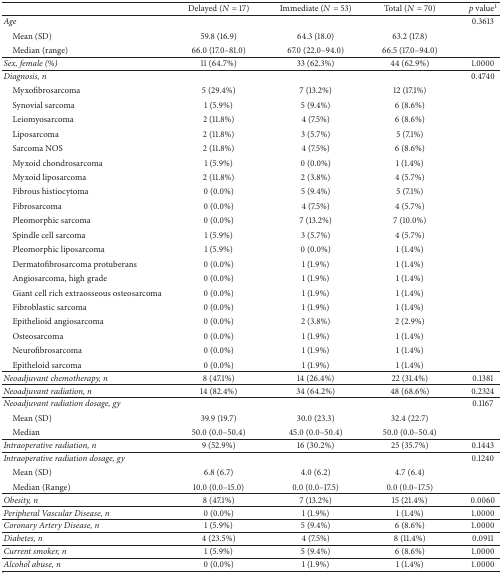
<table><thead><tr><td>[EMPTY_CELL]</td><td><b>Delayed (<i>N</i> = 17)</b></td><td><b>Immediate (<i>N</i> = 53)</b></td><td><b>Total (<i>N</i> = 70)</b></td><td><b><i>p</i> value<sup>1</sup></b></td></tr></thead><tbody><tr><td><i>Age</i></td><td>[EMPTY_CELL]</td><td>[EMPTY_CELL]</td><td>[EMPTY_CELL]</td><td>0.3613</td></tr><tr><td> Mean (SD)</td><td>59.8 (16.9)</td><td>64.3 (18.0)</td><td>63.2 (17.8)</td><td>[EMPTY_CELL]</td></tr><tr><td> Median (range)</td><td>66.0 (17.0–81.0)</td><td>67.0 (22.0–94.0)</td><td>66.5 (17.0–94.0)</td><td>[EMPTY_CELL]</td></tr><tr><td><i>Sex, female (%)</i></td><td>11 (64.7%)</td><td>33 (62.3%)</td><td>44 (62.9%)</td><td>1.0000</td></tr><tr><td><i>Diagnosis, n</i></td><td>[EMPTY_CELL]</td><td>[EMPTY_CELL]</td><td>[EMPTY_CELL]</td><td>0.4740</td></tr><tr><td> Myxofibrosarcoma</td><td>5 (29.4%)</td><td>7 (13.2%)</td><td>12 (17.1%)</td><td>[EMPTY_CELL]</td></tr><tr><td> Synovial sarcoma</td><td>1 (5.9%)</td><td>5 (9.4%)</td><td>6 (8.6%)</td><td>[EMPTY_CELL]</td></tr><tr><td> Leiomyosarcoma</td><td>2 (11.8%)</td><td>4 (7.5%)</td><td>6 (8.6%)</td><td>[EMPTY_CELL]</td></tr><tr><td> Liposarcoma</td><td>2 (11.8%)</td><td>3 (5.7%)</td><td>5 (7.1%)</td><td>[EMPTY_CELL]</td></tr><tr><td> Sarcoma NOS</td><td>2 (11.8%)</td><td>4 (7.5%)</td><td>6 (8.6%)</td><td>[EMPTY_CELL]</td></tr><tr><td> Myxoid chondrosarcoma</td><td>1 (5.9%)</td><td>0 (0.0%)</td><td>1 (1.4%)</td><td>[EMPTY_CELL]</td></tr><tr><td> Myxoid liposarcoma</td><td>2 (11.8%)</td><td>2 (3.8%)</td><td>4 (5.7%)</td><td>[EMPTY_CELL]</td></tr><tr><td> Fibrous histiocytoma</td><td>0 (0.0%)</td><td>5 (9.4%)</td><td>5 (7.1%)</td><td>[EMPTY_CELL]</td></tr><tr><td> Fibrosarcoma</td><td>0 (0.0%)</td><td>4 (7.5%)</td><td>4 (5.7%)</td><td>[EMPTY_CELL]</td></tr><tr><td> Pleomorphic sarcoma</td><td>0 (0.0%)</td><td>7 (13.2%)</td><td>7 (10.0%)</td><td>[EMPTY_CELL]</td></tr><tr><td> Spindle cell sarcoma</td><td>1 (5.9%)</td><td>3 (5.7%)</td><td>4 (5.7%)</td><td>[EMPTY_CELL]</td></tr><tr><td> Pleomorphic liposarcoma</td><td>1 (5.9%)</td><td>0 (0.0%)</td><td>1 (1.4%)</td><td>[EMPTY_CELL]</td></tr><tr><td> Dermatofibrosarcoma protuberans</td><td>0 (0.0%)</td><td>1 (1.9%)</td><td>1 (1.4%)</td><td>[EMPTY_CELL]</td></tr><tr><td> Angiosarcoma, high grade</td><td>0 (0.0%)</td><td>1 (1.9%)</td><td>1 (1.4%)</td><td>[EMPTY_CELL]</td></tr><tr><td> Giant cell rich extraosseous osteosarcoma</td><td>0 (0.0%)</td><td>1 (1.9%)</td><td>1 (1.4%)</td><td>[EMPTY_CELL]</td></tr><tr><td> Fibroblastic sarcoma</td><td>0 (0.0%)</td><td>1 (1.9%)</td><td>1 (1.4%)</td><td>[EMPTY_CELL]</td></tr><tr><td> Epithelioid angiosarcoma</td><td>0 (0.0%)</td><td>2 (3.8%)</td><td>2 (2.9%)</td><td>[EMPTY_CELL]</td></tr><tr><td> Osteosarcoma</td><td>0 (0.0%)</td><td>1 (1.9%)</td><td>1 (1.4%)</td><td>[EMPTY_CELL]</td></tr><tr><td> Neurofibrosarcoma</td><td>0 (0.0%)</td><td>1 (1.9%)</td><td>1 (1.4%)</td><td>[EMPTY_CELL]</td></tr><tr><td> Epitheloid sarcoma</td><td>0 (0.0%)</td><td>1 (1.9%)</td><td>1 (1.4%)</td><td>[EMPTY_CELL]</td></tr><tr><td><i>Neoadjuvant chemotherapy, n </i></td><td>8 (47.1%)</td><td>14 (26.4%)</td><td>22 (31.4%)</td><td>0.1381</td></tr><tr><td><i>Neoadjuvant radiation, n</i></td><td>14 (82.4%)</td><td>34 (64.2%)</td><td>48 (68.6%)</td><td>0.2324</td></tr><tr><td><i>Neoadjuvant radiation dosage, gy </i></td><td>[EMPTY_CELL]</td><td>[EMPTY_CELL]</td><td>[EMPTY_CELL]</td><td>0.1167</td></tr><tr><td> Mean (SD)</td><td>39.9 (19.7)</td><td>30.0 (23.3)</td><td>32.4 (22.7)</td><td>[EMPTY_CELL]</td></tr><tr><td> Median</td><td>50.0 (0.0–50.4)</td><td>45.0 (0.0–50.4)</td><td>50.0 (0.0–50.4)</td><td>[EMPTY_CELL]</td></tr><tr><td><i>Intraoperative radiation, n </i></td><td>9 (52.9%)</td><td>16 (30.2%)</td><td>25 (35.7%)</td><td>0.1443</td></tr><tr><td><i>Intraoperative radiation dosage, gy </i></td><td>[EMPTY_CELL]</td><td>[EMPTY_CELL]</td><td>[EMPTY_CELL]</td><td>0.1240</td></tr><tr><td> Mean (SD)</td><td>6.8 (6.7)</td><td>4.0 (6.2)</td><td>4.7 (6.4)</td><td>[EMPTY_CELL]</td></tr><tr><td> Median (Range)</td><td>10.0 (0.0–15.0)</td><td>0.0 (0.0–17.5)</td><td>0.0 (0.0–17.5)</td><td>[EMPTY_CELL]</td></tr><tr><td><i>Obesity, n</i></td><td>8 (47.1%)</td><td>7 (13.2%)</td><td>15 (21.4%)</td><td>0.0060</td></tr><tr><td><i>Peripheral Vascular Disease, n</i></td><td>0 (0.0%)</td><td>1 (1.9%)</td><td>1 (1.4%)</td><td>1.0000</td></tr><tr><td><i>Coronary Artery Disease, n</i></td><td>1 (5.9%)</td><td>5 (9.4%)</td><td>6 (8.6%)</td><td>1.0000</td></tr><tr><td><i>Diabetes, n</i></td><td>4 (23.5%)</td><td>4 (7.5%)</td><td>8 (11.4%)</td><td>0.0911</td></tr><tr><td><i>Current smoker, n</i></td><td>1 (5.9%)</td><td>5 (9.4%)</td><td>6 (8.6%)</td><td>1.0000</td></tr><tr><td><i>Alcohol abuse, n</i></td><td>0 (0.0%)</td><td>1 (1.9%)</td><td>1 (1.4%)</td><td>1.0000</td></tr></tbody></table>